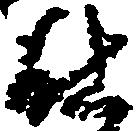
仕